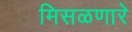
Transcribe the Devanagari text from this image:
मिसळणारे